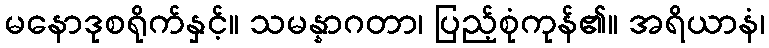
မနောဒုစရိုက်နှင့်။ သမန္နာဂတာ၊ ပြည့်စုံကုန်၏။ အရိယာနံ၊